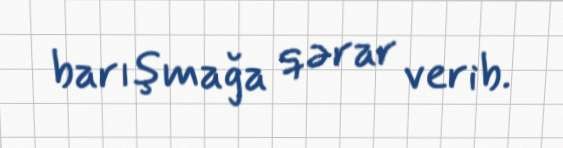
barışmağa qərar verib.